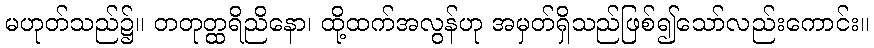
မဟုတ်သည်၌။ တတုတ္ထရိညိနော၊ ထို့ထက်အလွန်ဟု အမှတ်ရှိသည်ဖြစ်၍သော်လည်းကောင်း။